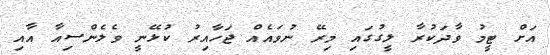
އަށް ޓީމު ވާދަކުރާ ލީގުގައި މިރޭ ނުވައެއް ޖަހާއިރު ކުޅޭނީ ވެލެންސިއާ އާއި